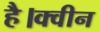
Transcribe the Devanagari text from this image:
है।क्वीन